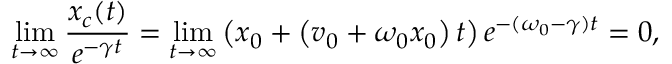
\operatorname* { l i m } _ { t \to \infty } \frac { x _ { c } ( t ) } { e ^ { - \gamma t } } = \operatorname* { l i m } _ { t \to \infty } \left( x _ { 0 } + \left( v _ { 0 } + \omega _ { 0 } x _ { 0 } \right) t \right) e ^ { - ( \omega _ { 0 } - \gamma ) t } = 0 ,